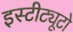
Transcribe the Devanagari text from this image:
इस्टीट्यूटो